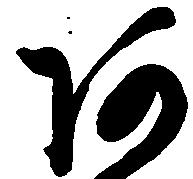
阿